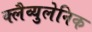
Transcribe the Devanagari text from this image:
क्लैव्युलेनिक